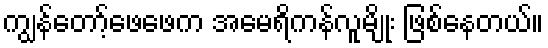
ကျွန်တော့်ဖေဖေက အမေရိကန်လူမျိုး ဖြစ်နေတယ်။